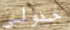
جدولي